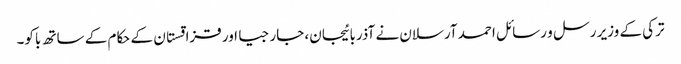
ترکی کے وزیر رسل و رسائل احمد آرسلان نے آذربائیجان، جارجیا اور قزاقستان کے حکام کے ساتھ باکو۔